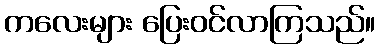
ကလေးများ ပြေးဝင်လာကြသည်။